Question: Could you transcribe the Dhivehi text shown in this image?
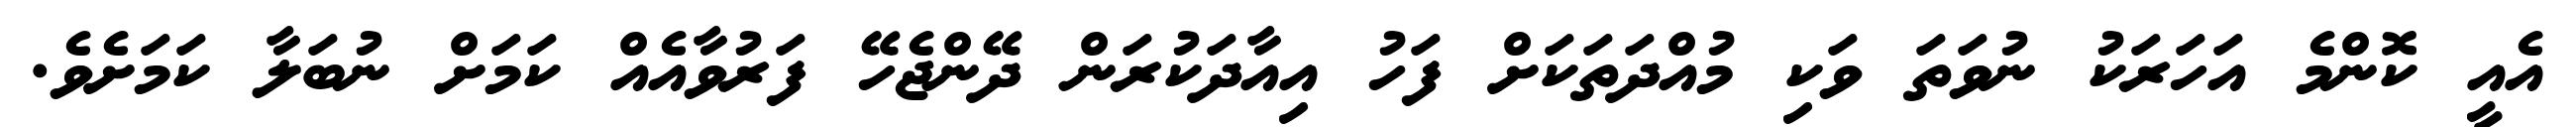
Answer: އެއީ ކޮންމެ އަހަރަކު ނުވަތަ ވަކި މުއްދަތަކަށް ފަހު އިއާދަކުރަން ދޭންޖެހޭ ފަރުވާއެއް ކަމަށް ނުބަލާ ކަމަށެވެ.